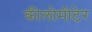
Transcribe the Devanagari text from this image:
कीलोमीटेर